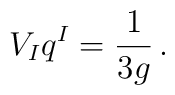
V_I q^I = \frac{1}{3g}\,.